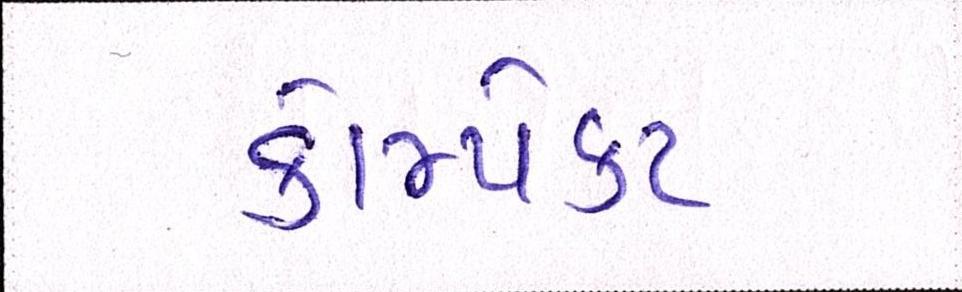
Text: કોમ્પેક્ટ